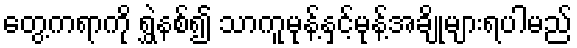
တွေ့ကရာကို ရွှဲနစ်၍ သာကူမုန့်နှင့်မုန့်အချိုများရပါမည်